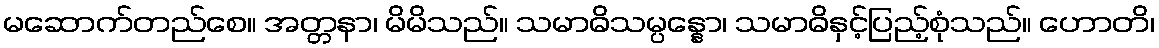
မဆောက်တည်စေ။ အတ္တနာ၊ မိမိသည်။ သမာဓိသမ္ပန္နော၊ သမာဓိနှင့်ပြည့်စုံသည်။ ဟောတိ၊